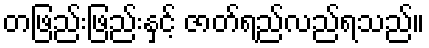
တဖြည်းဖြည်းနှင့် ဇာတ်ရည်လည်ရသည်။